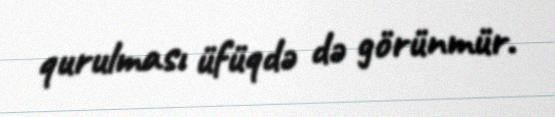
qurulması üfüqdə də görünmür.